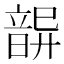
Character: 𩐦